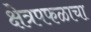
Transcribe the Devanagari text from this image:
क्षेत्रपफळाचा